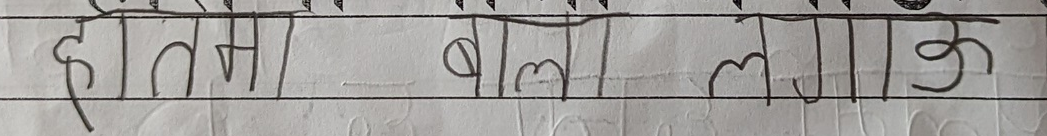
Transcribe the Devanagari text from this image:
हातमा बालालाऊक